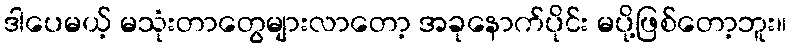
ဒါပေမယ့် မသုံးတာတွေများလာတော့ အခုနောက်ပိုင်း မပို့ဖြစ်တော့ဘူး။